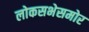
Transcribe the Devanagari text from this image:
लोकसभेसमोर